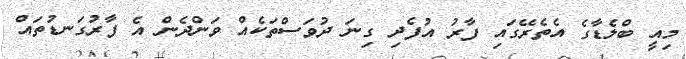
މިއީ ބްލެޑާގެ އެތެރޭގައި ފާރު އުފެދި ގިނަ ދުވަސްތަކެއް ވަންދެން އެ ފާރުގަނޑުތައް